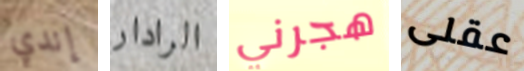
إندي الرادار هجرني عقلى